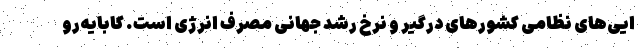
ایی‌های نظامی کشورهای درگیر و نرخ رشد جهانی مصرف انرژی است. کابایه‌رو